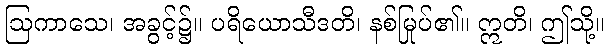
ဩကာသေ၊ အခွင့်၌။ ပရိယောသီဒတိ၊ နစ်မြုပ်၏။ ဣတိ၊ ဤသို့။